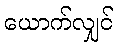
ယောက်လျှင်